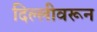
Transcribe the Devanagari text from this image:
दिल्लीवरून